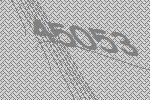
45053